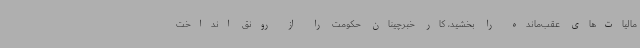
مالیات‌های عقب‌مانده را بخشید، کار خبرچینان حکومت را از رونق انداخت